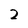
Character: 2